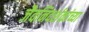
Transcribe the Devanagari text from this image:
जैवनिदर्शकांच्या